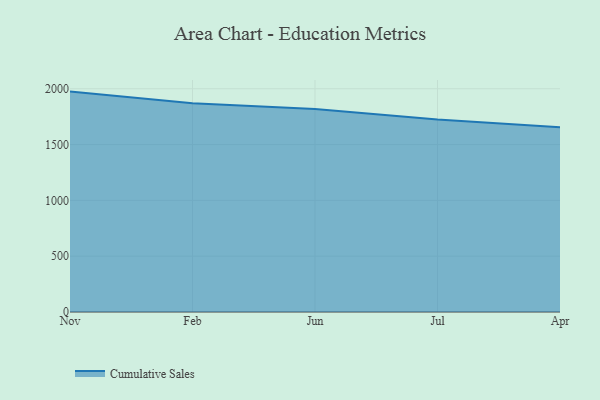
{"axis": {"x": "Month", "y": "Budget (USD K)"}, "legend": ["Cumulative Sales"], "data": [{"x": "Nov", "y": 1974.5, "type": "Cumulative Sales"}, {"x": "Feb", "y": 1870.8, "type": "Cumulative Sales"}, {"x": "Jun", "y": 1818.0, "type": "Cumulative Sales"}, {"x": "Jul", "y": 1723.9, "type": "Cumulative Sales"}, {"x": "Apr", "y": 1655.4, "type": "Cumulative Sales"}]}